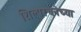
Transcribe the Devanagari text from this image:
शिल्परचनेच्या